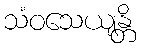
သံဝသေယျန္တိ